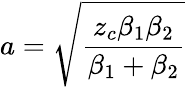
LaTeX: a=\sqrt{\frac{z_{c}\beta_{1}\beta_{2}}{\beta_{1}+\beta_{2}}}